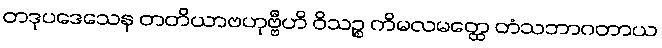
တဒုပဒေသေန တတိယာဗဟုဗ္ဗီဟိ ဝိသဉ္စ ကိမလမတ္ထေ တံသဘာဂတာယ